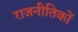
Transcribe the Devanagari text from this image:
राजनीतिकों